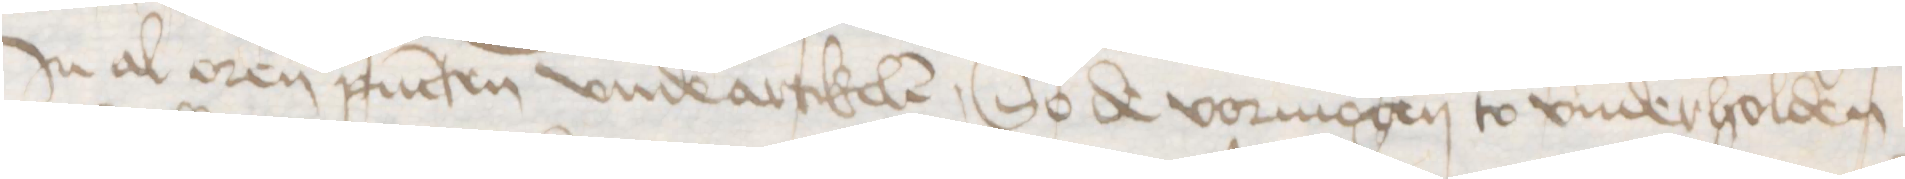
Jn al oren pucten vnde artikelen, So de vormogen to vnderholden